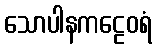
သောပါနကဠေဝရံ